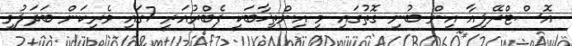
އޮސްޓްރޭލިއާ އިން ބުނި ގޮތުގައި މި އިންތިޚާބަކީ ފެބްރުއަރީ 7ގައި ވެރިކަން ބަދަލުވި